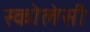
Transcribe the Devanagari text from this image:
स्कोलेसी